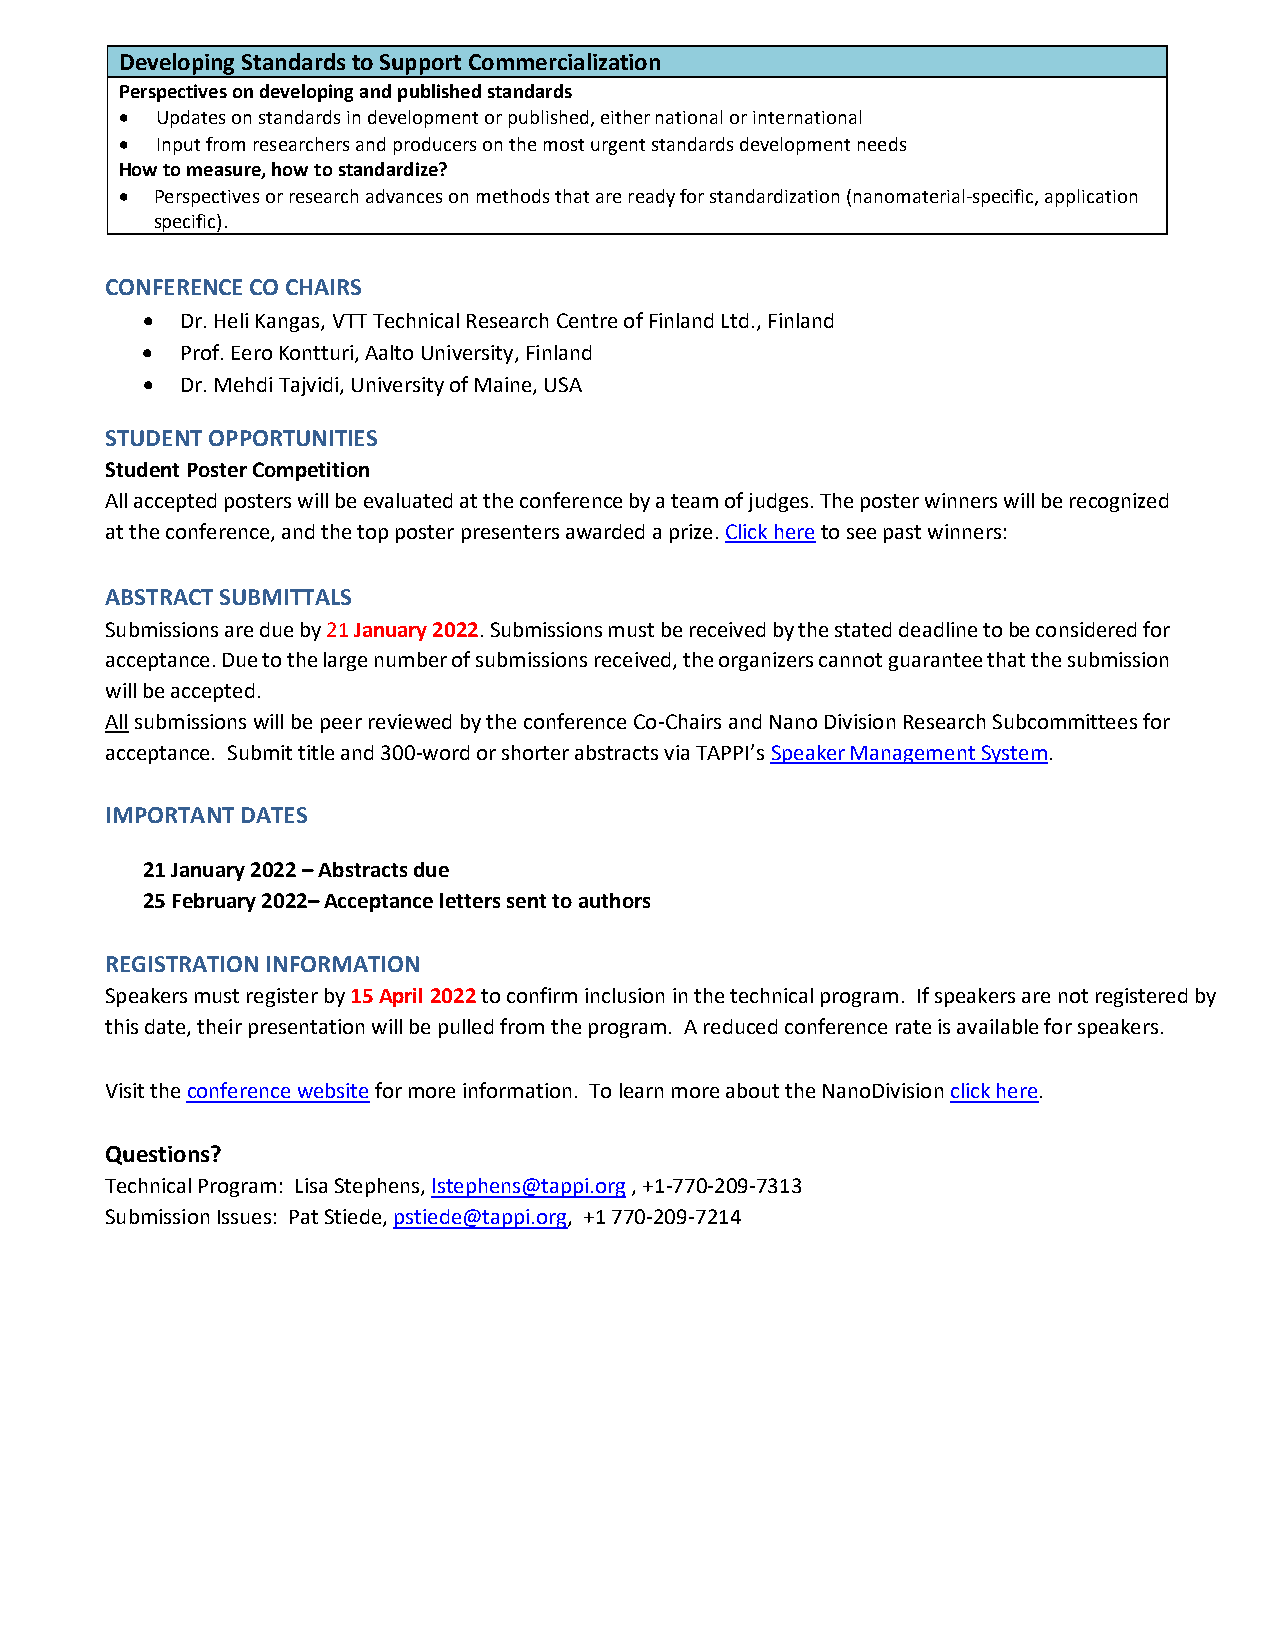
Developing Standards to Support Commercialization
 Perspectives on developing and published standards
 • Updates on standards in development or published, either national or international
 • Input from researchers and producers on the most urgent standards development needs
 How to measure, how to standardize?
 • Perspectives or research advances on methods that are ready for standardization (nanomaterial-specific, application
 specific).
 CONFERENCE CO CHAIRS
 •  Dr. Heli Kangas, VTT Technical Research Centre of Finland Ltd., Finland
 •  Prof. Eero Kontturi, Aalto University, Finland
 •  Dr. Mehdi Tajvidi, University of Maine, USA
 STUDENT OPPORTUNITIES
 Student Poster Competition
 All accepted posters will be evaluated at the conference by a team of judges. The poster winners will be recognized
 at the conference, and the top poster presenters awarded a prize. Click here to see past winners:
 ABSTRACT SUBMITTALS
 Submissions are due by 21 January 2022. Submissions must be received by the stated deadline to be considered for
 acceptance. Due to the large number of submissions received, the organizers cannot guarantee that the submission
 will be accepted.
 All submissions will be peer reviewed by the conference Co-Chairs and Nano Division Research Subcommittees for
 acceptance. Submit title and 300-word or shorter abstracts via TAPPI’s Speaker Management System.
 IMPORTANT DATES
 21 January 2022 – Abstracts due
 25 February 2022– Acceptance letters sent to authors
 REGISTRATION INFORMATION
 Speakers must register by 15 April 2022 to confirm inclusion in the technical program. If speakers are not registered by
 this date, their presentation will be pulled from the program. A reduced conference rate is available for speakers.
 Visit the conference website for more information. To learn more about the NanoDivision click here.
 Questions?
 Technical Program: Lisa Stephens, lstephens@tappi.org , +1-770-209-7313
 Submission Issues: Pat Stiede, pstiede@tappi.org, +1 770-209-7214